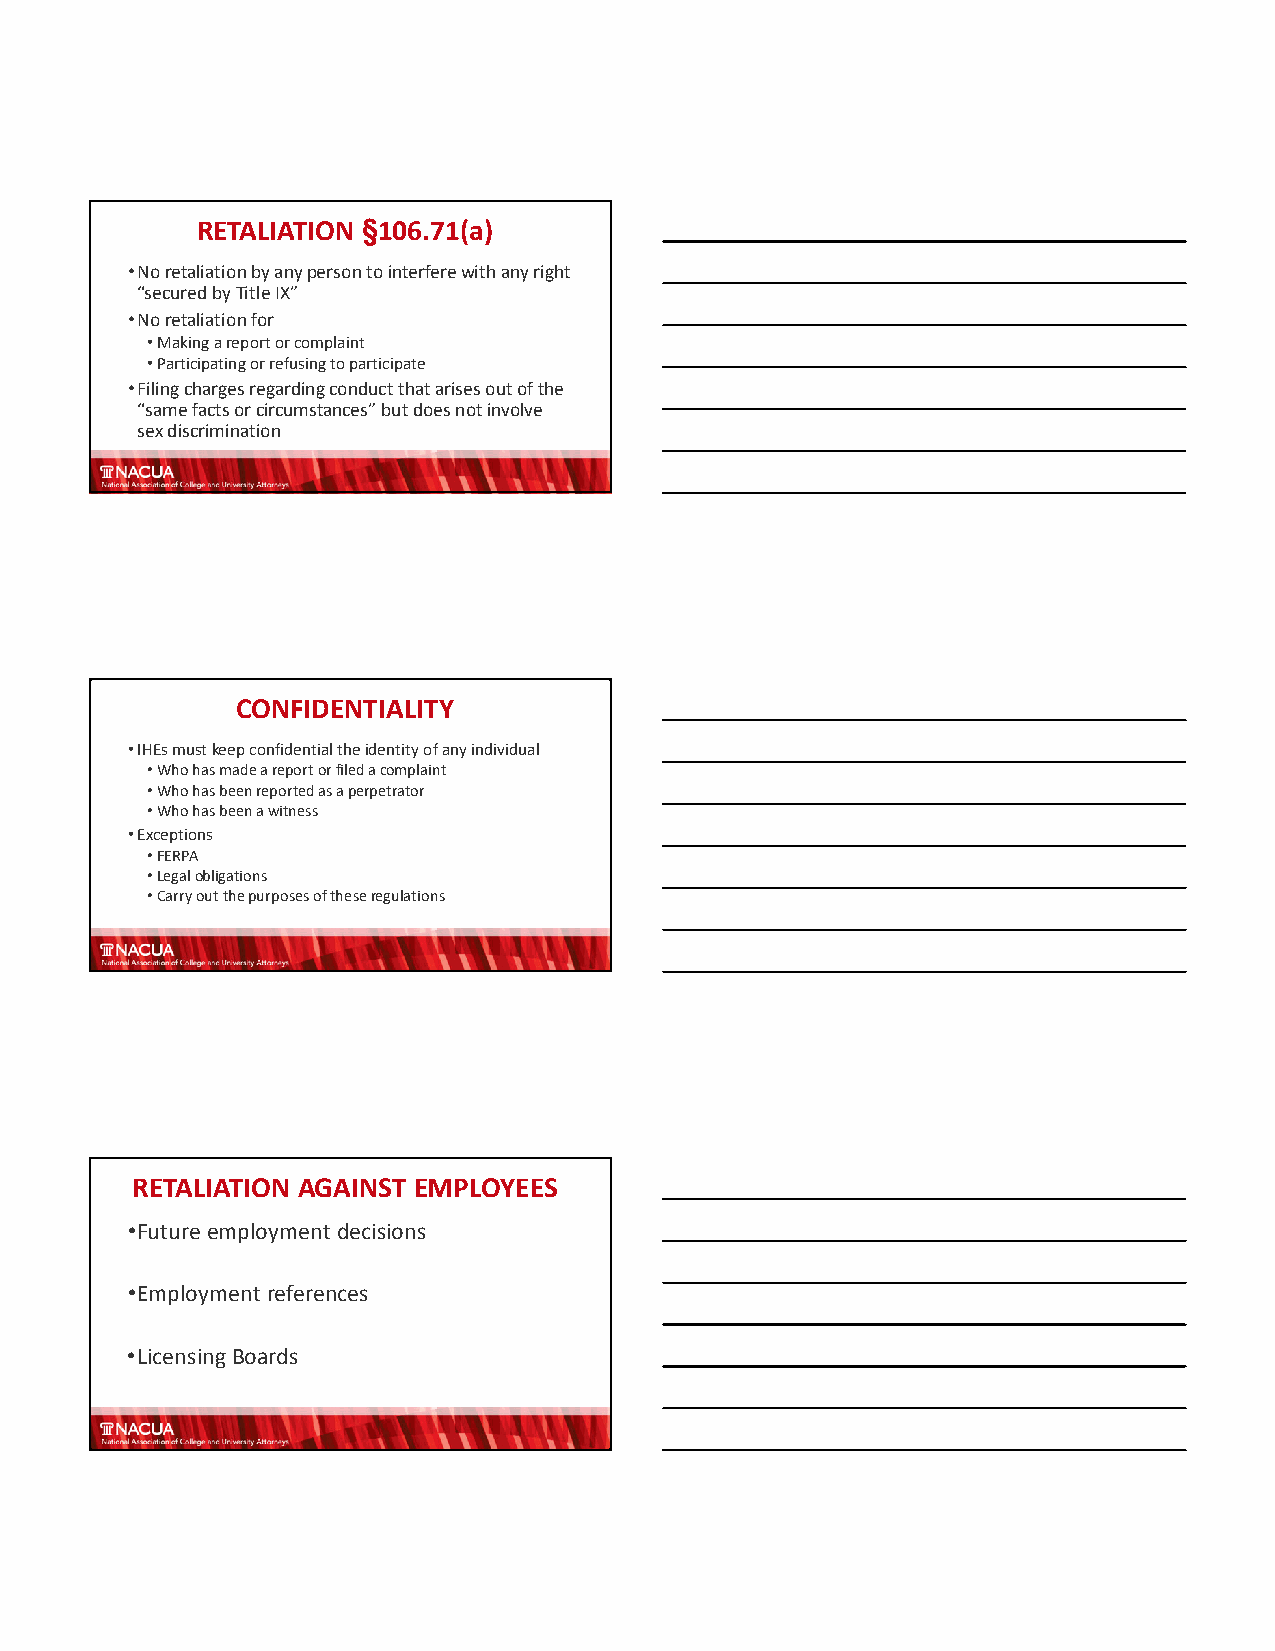
RETALIATION §106.71(a)
 •No retaliation by any person to interfere with any right
 “secured by Title IX”
 •No retaliation for
 •Making a report or complaint
 •Participating or refusing to participate
 •Filing charges regarding conduct that arises out of the
 “same facts or circumstances” but does not involve
 sex discrimination
 CONFIDENTIALITY
 •IHEs must keep confidential the identity of any individual
 •Who has made a report or filed a complaint
 •Who has been reported as a perpetrator
 •Who has been a witness
 •Exceptions
 •FERPA
 •Legal obligations
 •Carry out the purposes of these regulations
 RETALIATION AGAINST EMPLOYEES
 •Future employment decisions
 •Employment references
 •Licensing Boards